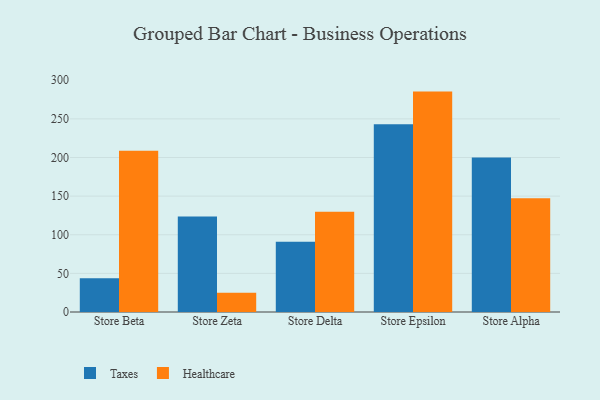
{"axis": {"x": "Store", "y": "Churn Rate (%)"}, "legend": ["Healthcare", "Taxes"], "data": [{"x": "Store Beta", "y": 43.6, "type": "Taxes"}, {"x": "Store Beta", "y": 208.8, "type": "Healthcare"}, {"x": "Store Zeta", "y": 123.6, "type": "Taxes"}, {"x": "Store Zeta", "y": 24.8, "type": "Healthcare"}, {"x": "Store Delta", "y": 90.8, "type": "Taxes"}, {"x": "Store Delta", "y": 129.9, "type": "Healthcare"}, {"x": "Store Epsilon", "y": 242.9, "type": "Taxes"}, {"x": "Store Epsilon", "y": 285.3, "type": "Healthcare"}, {"x": "Store Alpha", "y": 200.1, "type": "Taxes"}, {"x": "Store Alpha", "y": 147.4, "type": "Healthcare"}]}